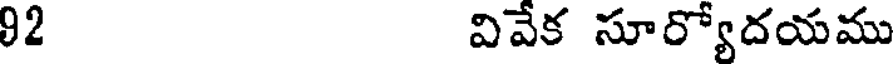
92 వివేక సూర్యోదయము